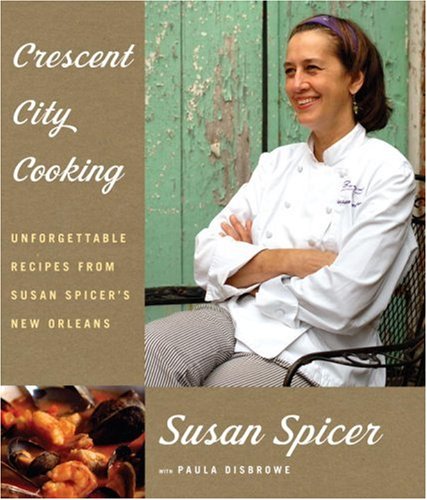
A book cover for Crescent City Cooking: Unforgettable Recipes from Susan Spicer's New Orleans; Susan Spicer; Cookbooks, Food & Wine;